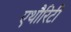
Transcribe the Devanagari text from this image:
एथौरिटी